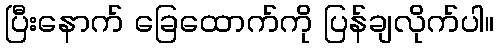
ပြီးနောက် ခြေထောက်ကို ပြန်ချလိုက်ပါ။